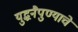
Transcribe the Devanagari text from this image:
युद्धनैपुण्याचे